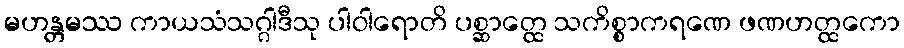
မဟန္တမဿ ကာယသံသဂ္ဂါဒီသု ပါဝါရောတိ ပစ္ဆာတ္ထေ သကိစ္စာကရဏေ ဖဏဟတ္ထကော